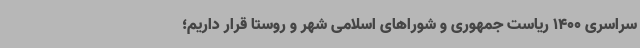
سراسری 1400 ریاست جمهوری و شوراهای اسلامی شهر و روستا قرار داریم؛